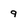
Character: 9